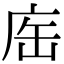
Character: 𢈊